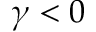
\gamma < 0